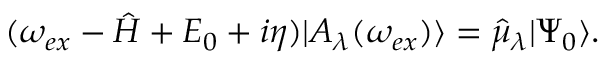
\begin{array} { r } { ( \omega _ { e x } - \hat { H } + E _ { 0 } + i \eta ) | A _ { \lambda } ( \omega _ { e x } ) \rangle = \hat { \mu } _ { \lambda } | \Psi _ { 0 } \rangle . } \end{array}